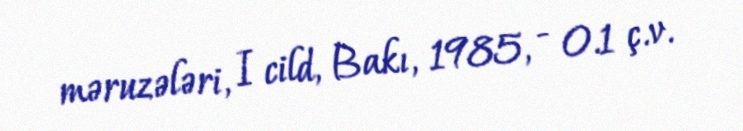
məruzələri, I cild, Bakı, 1985, - 0.1 ç.v.